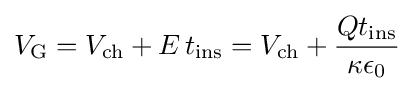
V_{\text{G}}=V_{\text{ch}}+E\,t_{\text{ins}}=V_{\text{ch}}+{\frac {Qt_{\text{ins}}}{\kappa \epsilon _{0}}}